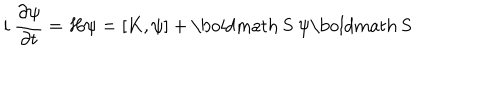
LaTeX: i ~ \frac { \partial \psi } { \partial t } = H \psi = [ K , \psi ] + \mathrm { \boldmath ~ S ~ } \psi \mathrm { \boldmath ~ S ~ }